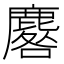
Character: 麔